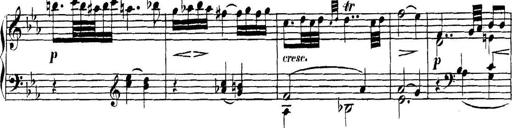
Title: Collected Piano Sonatas
Composer: Muzio Clementi